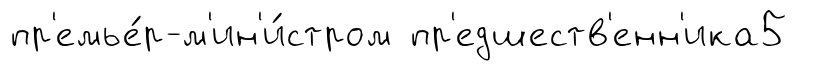
пр'емье́р-м'ин'и́стром пр'едшеств'енн'ика5